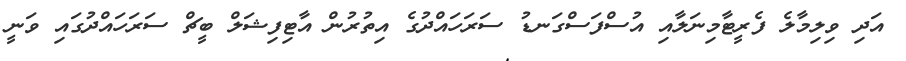
އަދި ވިލިމާލެ ފެރީޓާމިނަލާއި އުސްފަސްގަނޑު ސަރަހައްދުގެ އިތުރުން އާޓިފިޝަލް ބީޗް ސަރަހައްދުގައި ވަނީ